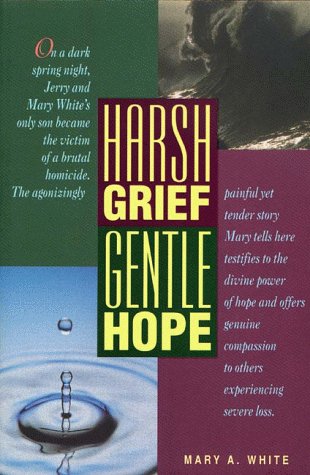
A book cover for Harsh Grief, Gentle Hope; M. White; Christian Books & Bibles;